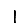
Digit: 1